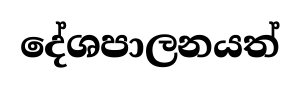
දේශපාලනයත්